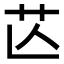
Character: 𦬆